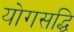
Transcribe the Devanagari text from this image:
योगसद्धि